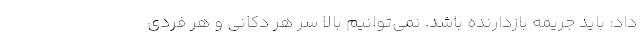
داد: باید جریمه بازدارنده باشد. نمی‌توانیم بالا سر هر دکانی و هر فردی